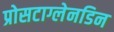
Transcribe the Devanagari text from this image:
प्रोसटाग्लेनडिन